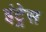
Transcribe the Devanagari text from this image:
इंट्रेस